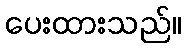
ပေးထားသည်။